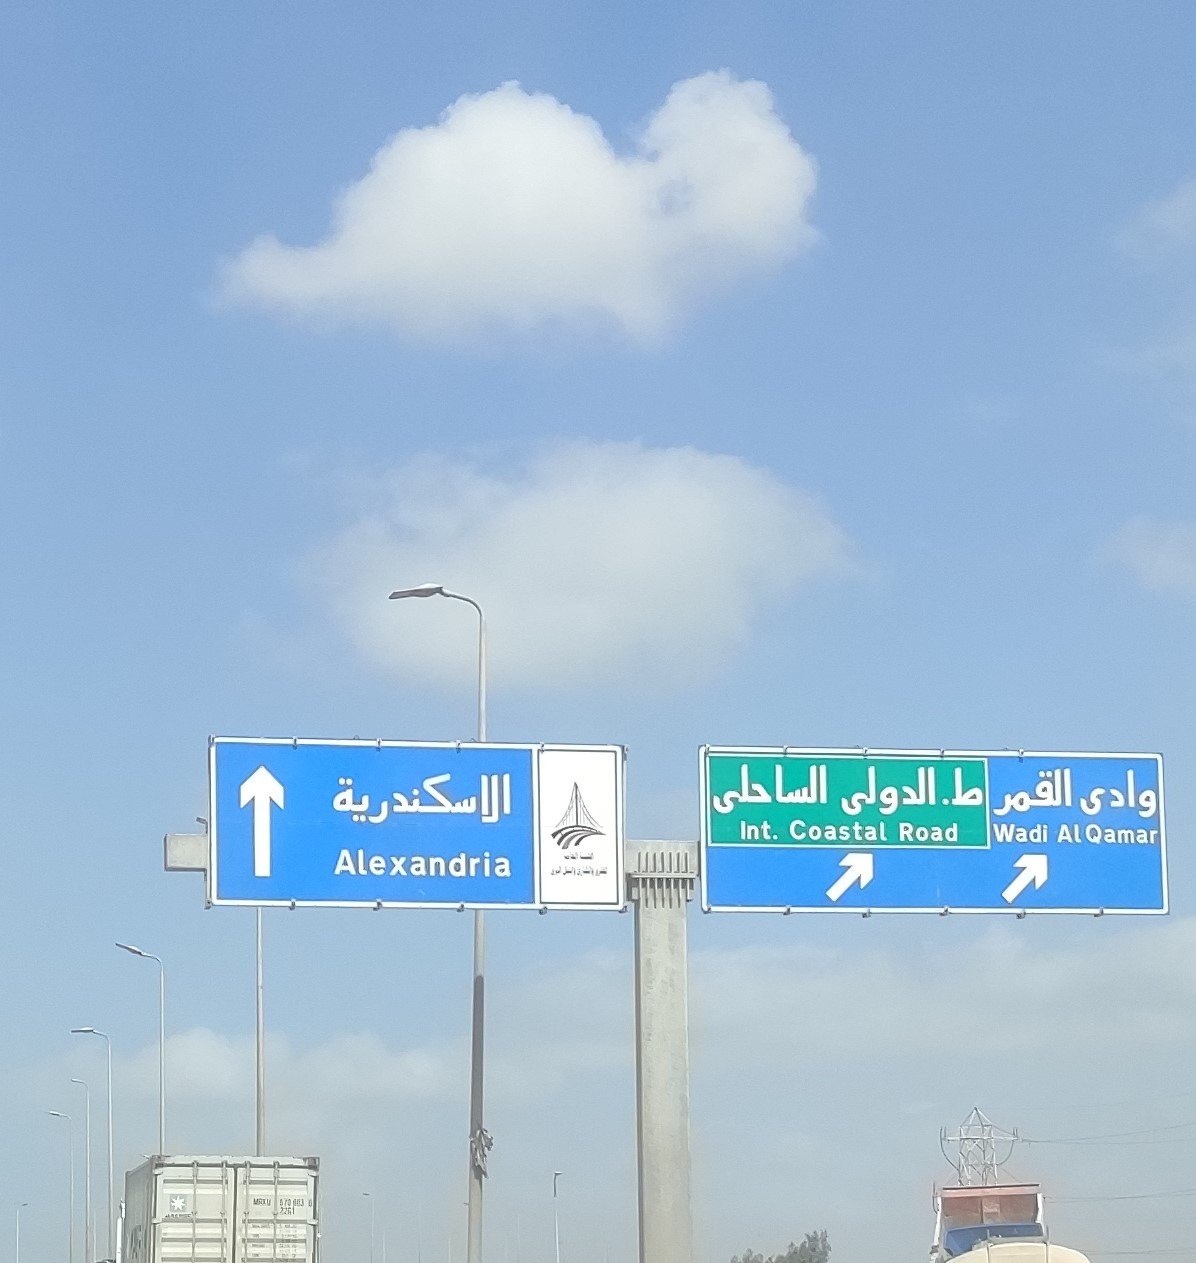
Text in image: الساحلى ط.الدولى القمر وادى الاسكندرية Int. Coastal Road Wadi AlQamar Alexandria